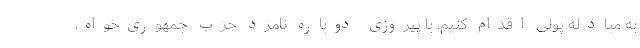
به مبادله پولی اقدام کنیم. با پیروزی دوباره نامزد حزب جمهوری‌خواه،